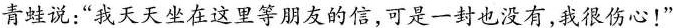
青蛙说：“我天天坐在这里等朋友的信，可是一封也没有，我很伤心！”